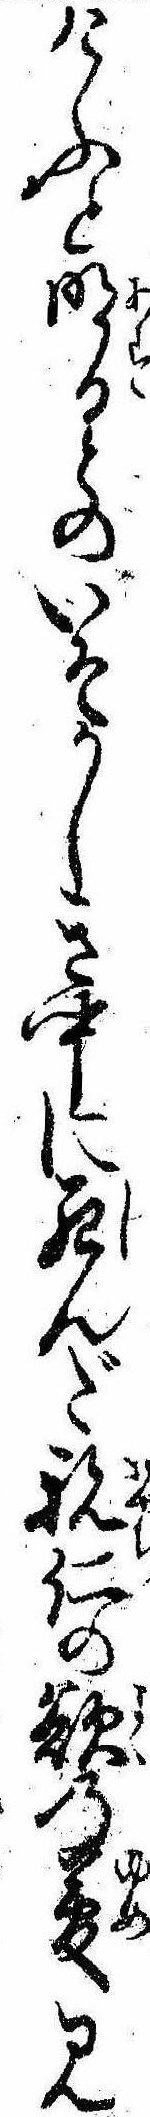
けふと明日とのいそかしき中に死んだ親仁の欲の夢見